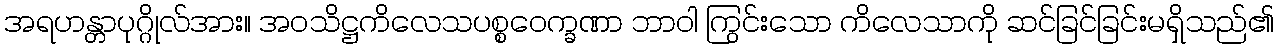
အရဟန္တာပုဂ္ဂိုလ်အား။ အဝသိဋ္ဌကိလေသပစ္စဝေက္ခဏာ ဘာဝါ ကြွင်းသော ကိလေသာကို ဆင်ခြင်ခြင်းမရှိသည်၏